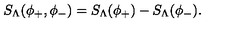
S _ { \Lambda } ( \phi _ { + } , \phi _ { - } ) = S _ { \Lambda } ( \phi _ { + } ) - S _ { \Lambda } ( \phi _ { - } ) .